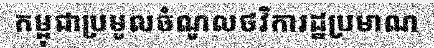
កម្ពុជាប្រមូលចំណូលថវិការដ្ឋប្រមាណ